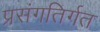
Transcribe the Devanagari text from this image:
प्रसंगतिर्गत